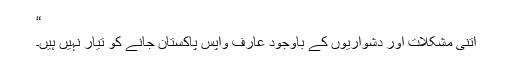
“
اتنی مشکلات اور دشواریوں کے باوجود عارف واپس پاکستان جانے کو تیار نہیں ہیں۔